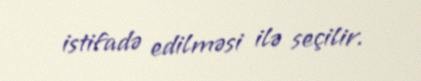
istifadə edilməsi ilə seçilir.